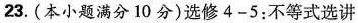
23.(本小题满分10分)选修4-5：不等式选讲